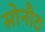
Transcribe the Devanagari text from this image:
सोनौठ